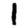
Digit: 1